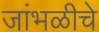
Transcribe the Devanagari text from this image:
जांभळीचे